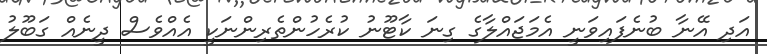
އަދި އޭނާ ބުނެފައިވަނީ އެމަޖައްލާގެ ގިނަ ކާޓޫނު ކުރެހުންތެރިންނަކީ އެއްވެސް ދީނެއް ގަބޫލު